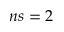
n s = 2